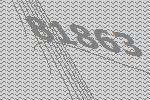
81863